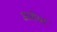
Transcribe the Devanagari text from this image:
अजोधर